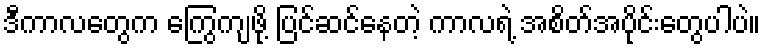
ဒီကာလတွေက ကြွေကျဖို့ ပြင်ဆင်နေတဲ့ ကာလရဲ့ အစိတ်အပိုင်းတွေပါပဲ။